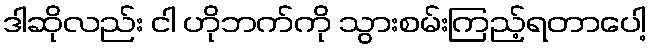
ဒါဆိုလည်း ငါ ဟိုဘက်ကို သွားစမ်းကြည့်ရတာပေါ့